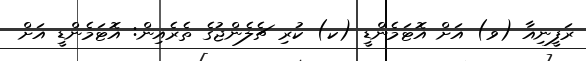
ރަފީނިއާ (ވ) އަށް އޮޓަމެންޑީ (ކ) ކުރި ޗެލެންޖުގެ ތެރެއިން: އޮޓަމެންޑީ އަށް